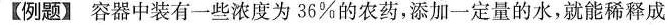
【例题】容器中装有一些浓度为36%的农药，添加一定量的水，就能稀释成